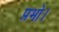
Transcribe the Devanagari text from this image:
प्रभो।